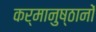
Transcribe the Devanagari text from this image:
कर्मानुष्ठानों